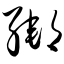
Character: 绑